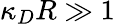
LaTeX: \kappa_{D}R\gg 1